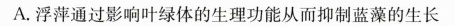
A.浮萍通过影响叶绿体的生理功能从而抑制蓝藻的生长